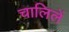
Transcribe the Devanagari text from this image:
चालिलें